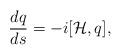
LaTeX: \begin{align*}\frac{dq}{ds}= -i[{\cal H},q],\end{align*}